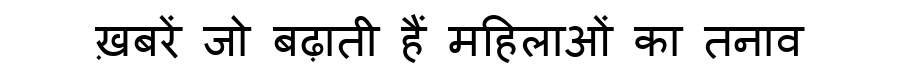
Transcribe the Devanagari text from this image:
ख़बरें जो बढ़ाती हैं महिलाओं का तनाव